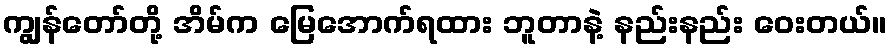
ကျွန်တော်တို့ အိမ်က မြေအောက်ရထား ဘူတာနဲ့ နည်းနည်း ဝေးတယ်။